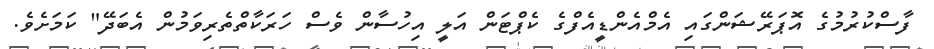
ފާސްކުރުމުގެ އޮޕަރޭޝަންގައި އެމްއެންޑީއެފްގެ ކެޕްޓަން އަލީ އިހުސާން ވެސް ހަރަކާތްތެރިވަމުން އެބަދޭ" ކަމަށެވެ.